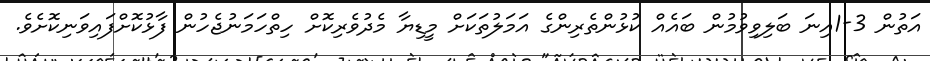
އަތުން 3-1އިނަ ބަލިވިވުމުން ބައެއް ކުޅުންތެރިންގެ އަމަލުތަކަށް މީޑިޔާ މެދުވެރިކޮށް ހިތްހަމަނުޖެހުން ފާޅުކޮށްފައިވަނިކޮށެވެ.